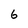
Character: 6